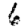
Digit: 6